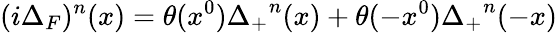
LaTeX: (i\Delta_{F})^{n}(x)=\theta(x^{0}){\Delta_{+}}^{n}(x)+\theta(-x^{0}){\Delta_{+}}^{n}(-x)